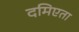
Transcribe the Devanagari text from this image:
दमिएता